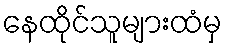
နေထိုင်သူများထံမှ